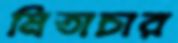
মিতাচার